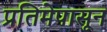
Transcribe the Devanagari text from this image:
प्रतिमेपासून